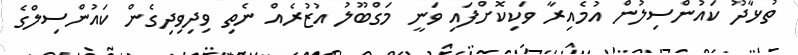
ތުޅާދޫ ކައުންސިލުން އުމެއިރާ ވަކިކޮށްފައި ވަނީ މަގްބޫލު އުޒުރެއް ނެތި ވިދިވިދިގެން ކައުންސިލްގެ